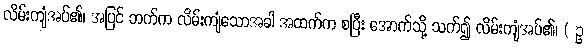
လိမ်းကျံအပ်၏၊ အပြင် ဘက်က လိမ်းကျံသောအခါ အထက်က စပြီး အောက်သို့ သက်၍ လိမ်းကျံအပ်၏၊ ( ဥ